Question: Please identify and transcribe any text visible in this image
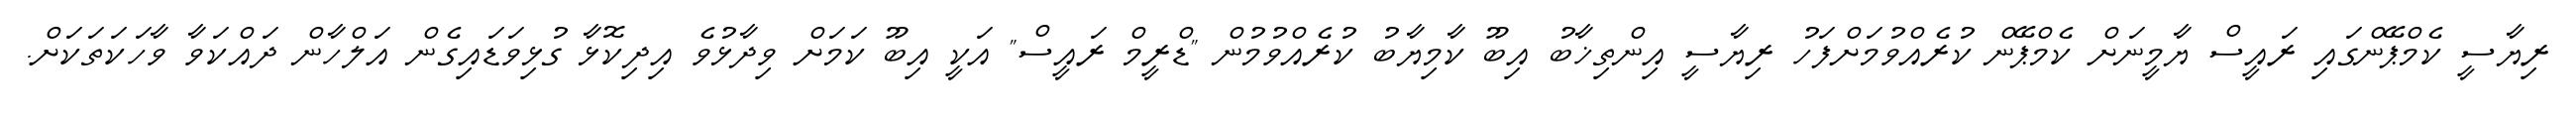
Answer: ރިޔާސީ ކެމްޕޭންގައި ރައީސް ޔާމީނަށް ކެމްޕޭން ކުރެއްވުމަށްފަހު ރިޔާސީ އިންތިޚާބު އިބޫ ކާމިޔާބު ކުރެއްވުމުން "ޑްރީމް ރައީސް" އަކީ އިބޫ ކަމަށް ވިދާޅުވެ އިދިކޮޅާ ގުޅިވަޑައިގެން އަލްހާން ދައްކަވާ ވާހަކަތަކަށް.